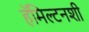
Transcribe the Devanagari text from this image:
हॅमिल्टनशी